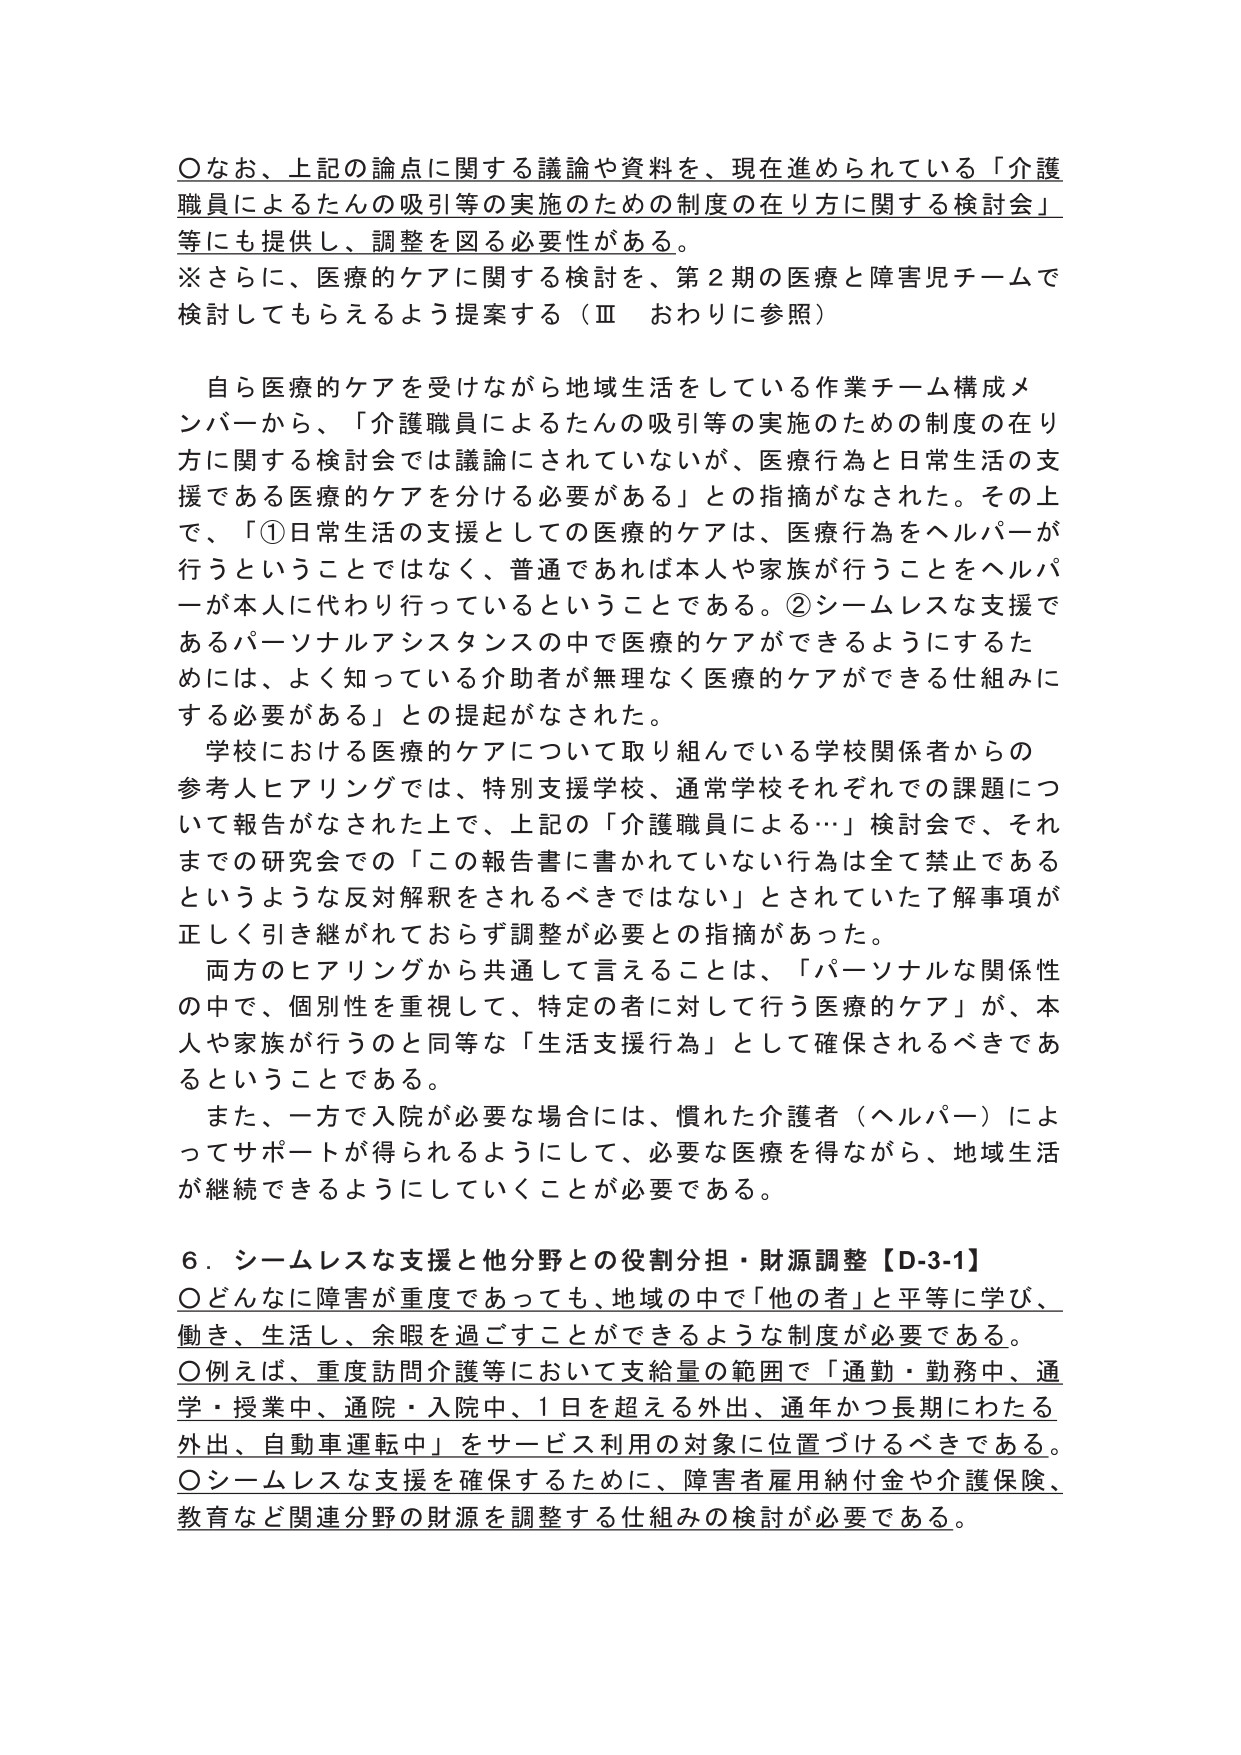
○なお、上記の論点に関する議論や資料を、現在進められている「介護職員によるたんの吸引等の実施のための制度の在り方に関する検討会」等にも提供し、調整を図る必要性がある。
※さらに、医療的ケアに関する検討を、第2期の医療と障害児チームで検討してもらえるよう提案する（Ⅲ おわりに参照）

自ら医療的ケアを受けながら地域生活をしている作業チーム構成メンバーから、「介護職員によるたんの吸引等の実施のための制度の在り方に関する検討会では議論にされていないが、医療行為と日常生活の支援である医療的ケアを分ける必要がある」との指摘がなされた。その上で、「①日常生活の支援としての医療的ケアは、医療行為をヘルパーが行うということではなく、普通であれば本人や家族が行うことをヘルパーが本人に代わり行っているということである。②シームレスな支援であるパーソナルアシスタンスの中で医療的ケアができるようにするためには、よく知っている介助者が無理なく医療的ケアができる仕組みにする必要がある」との提起がなされた。

学校における医療的ケアについて取り組んでいる学校関係者からの参考人ヒアリングでは、特別支援学校、通常学校それぞれでの課題について報告がなされた上で、上記の「介護職員による…」検討会で、それまでの研究会での「この報告書に書かれていない行為は全て禁止であるというような反対解釈をされるべきではない」とされていた了解事項が正しく引き継がれておらず調整が必要との指摘があった。

両方のヒアリングから共通して言えることは、「パーソナルな関係性の中で、個別性を重視して、特定の者に対して行う医療的ケア」が、本人や家族が行うのと同等な「生活支援行為」として確保されるべきであるということである。

また、一方で入院が必要な場合には、慣れた介護者（ヘルパー）によってサポートが得られるようにして、必要な医療を得ながら、地域生活が継続できるようにしていくことが必要である。

6．シームレスな支援と他分野との役割分担・財源調整【D-3-1】
○どんなに障害が重度であっても、地域の中で「他の者」と平等に学び、働き、生活し、余暇を過ごすことができるような制度が必要である。
○例えば、重度訪問介護等において支給量の範囲で「通勤・勤務中、通学・授業中、通院・入院中、1日を超える外出、通年かつ長期にわたる外出、自動車運転中」をサービス利用の対象に位置づけるべきである。
○シームレスな支援を確保するために、障害者雇用納付金や介護保険、教育など関連分野の財源を調整する仕組みの検討が必要である。